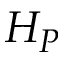
H _ { P }